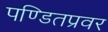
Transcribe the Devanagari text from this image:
पण्डितप्रवर